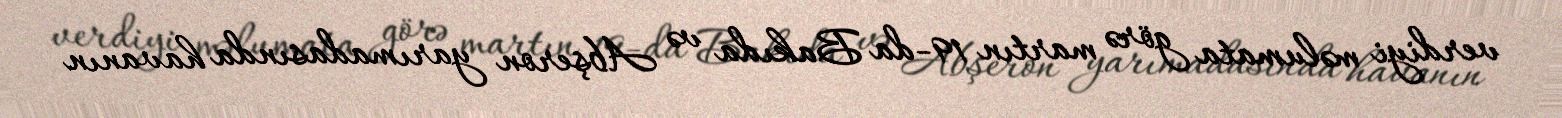
verdiyi məlumata görə martın 19-da Bakıda və Abşeron yarımadasında havanın